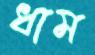
ধাম